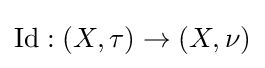
\operatorname {Id} :(X,\tau )\to (X,\nu )